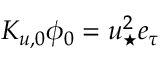
K _ { u , 0 } \phi _ { 0 } = u _ { \star } ^ { 2 } e _ { \tau }